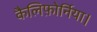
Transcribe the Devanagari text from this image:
कैलिफ़ोर्निया।